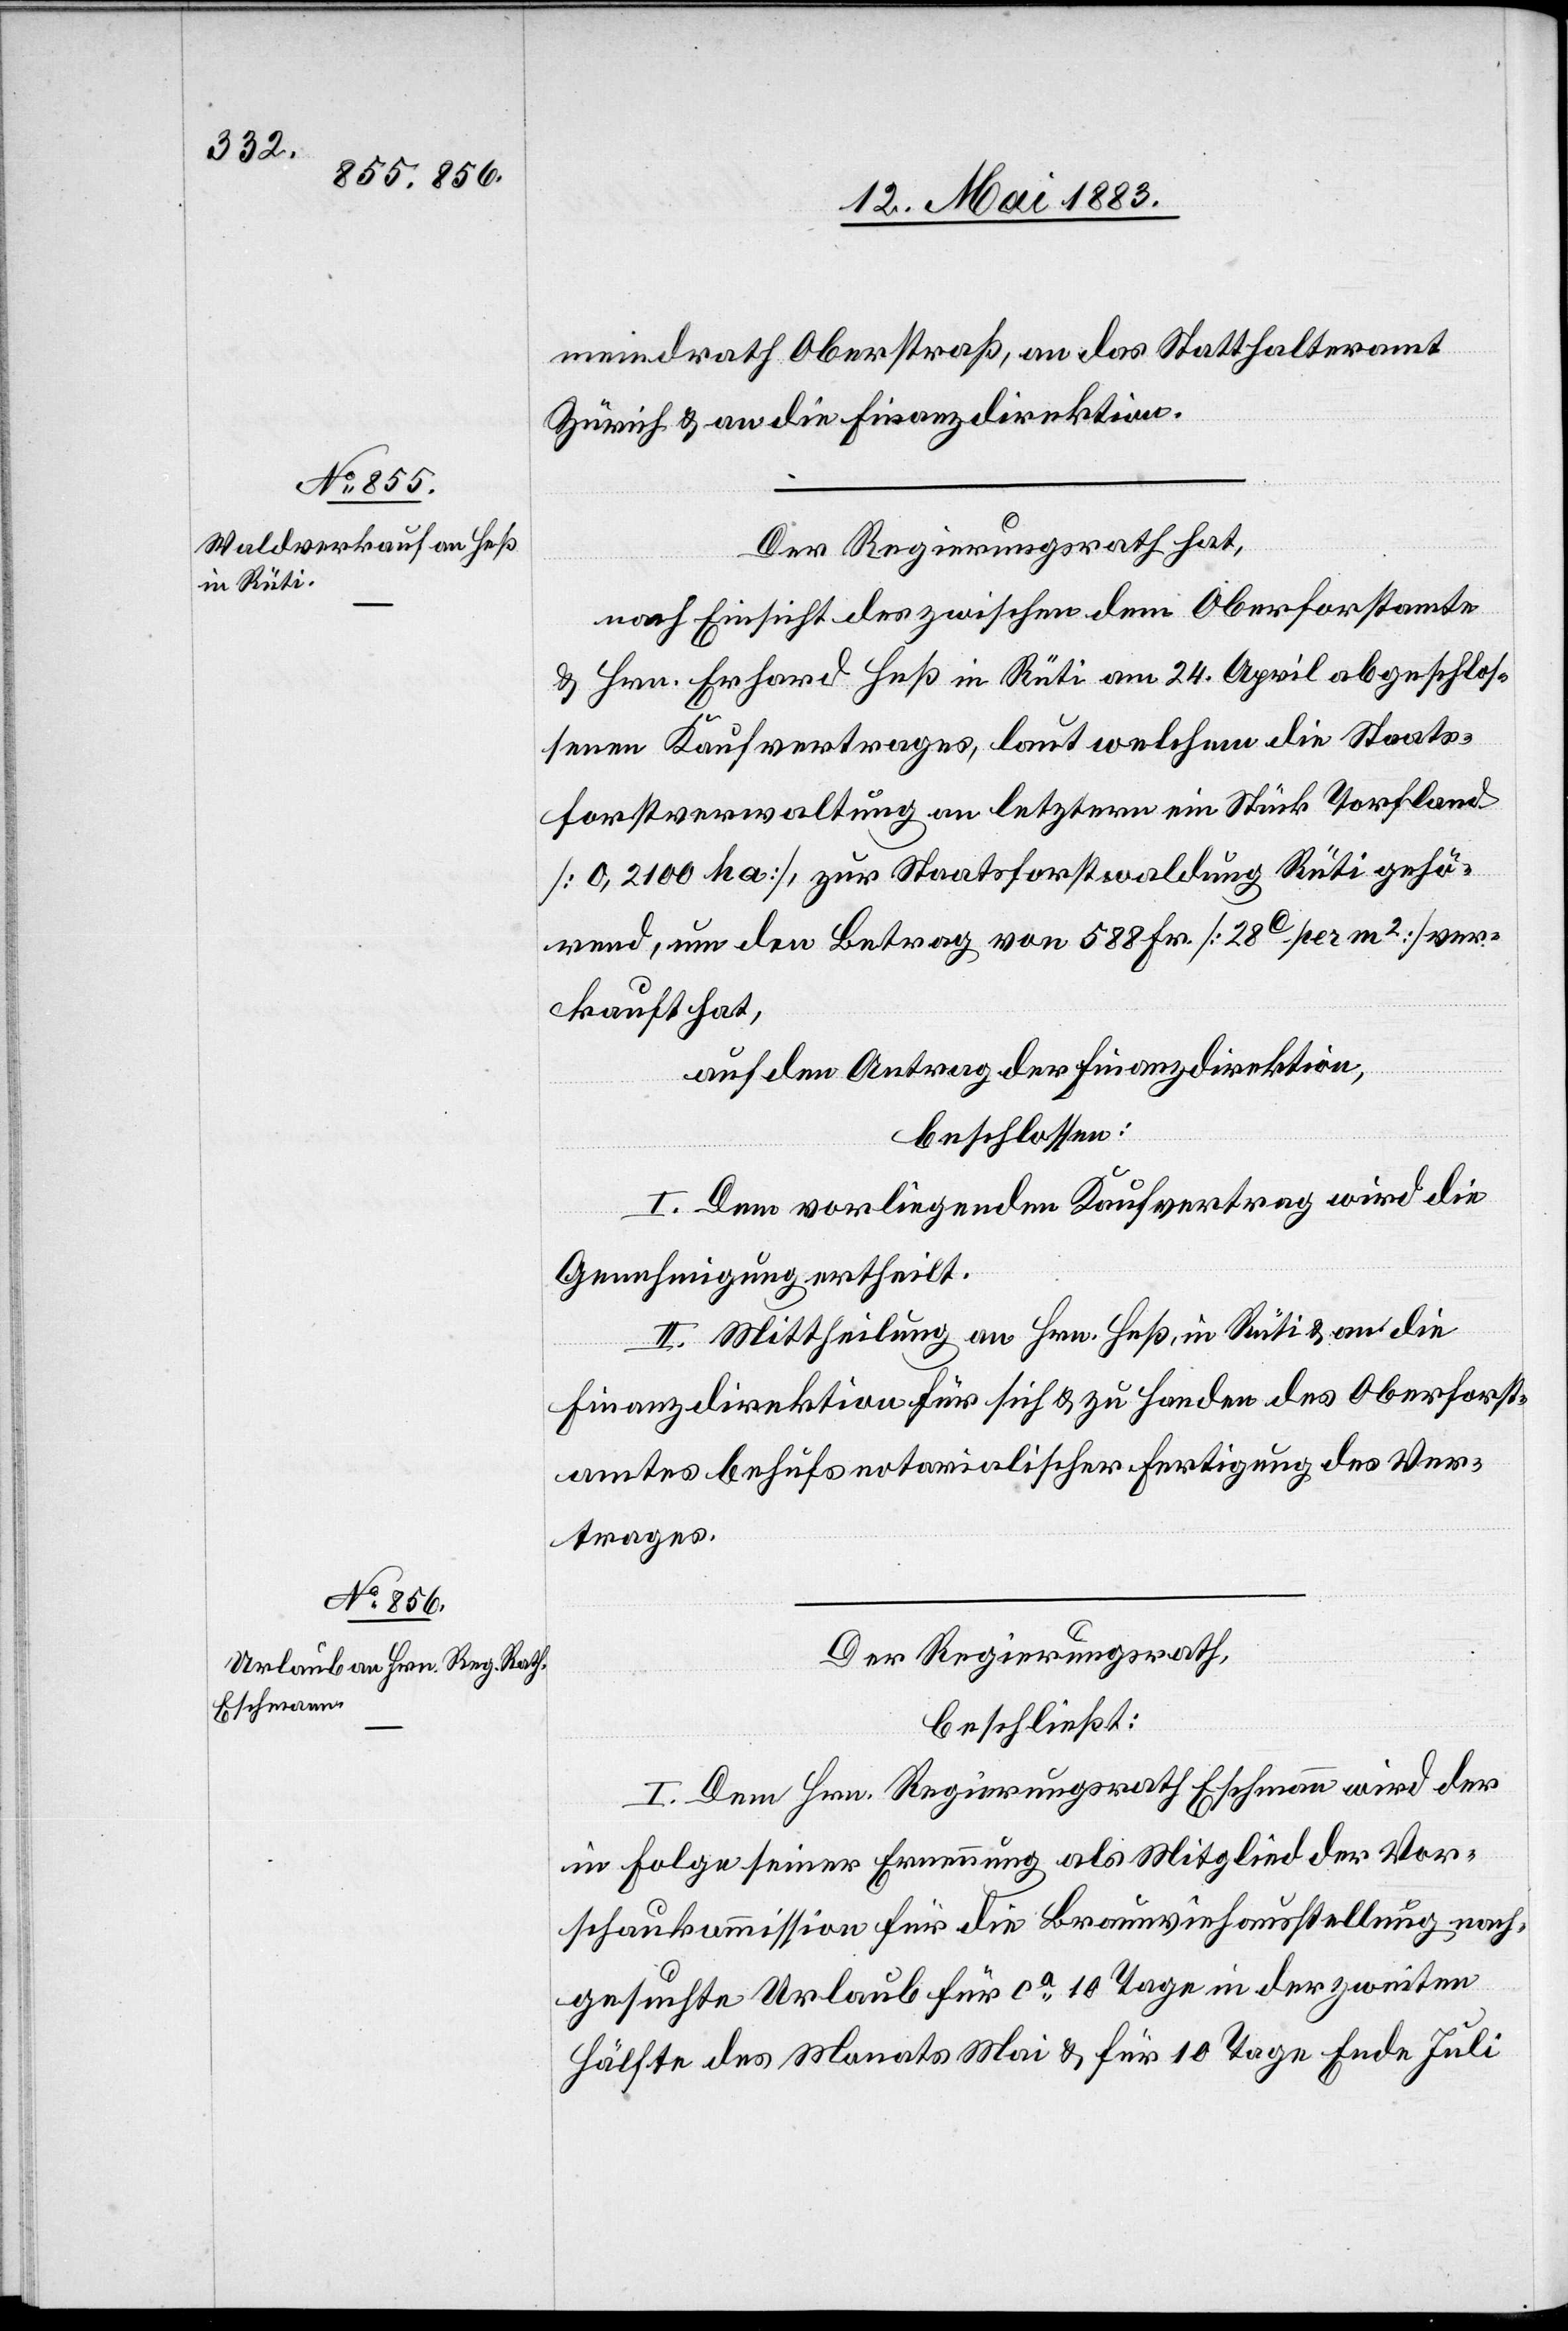
meinderath Oberstraß, an das Statthalteramt
Zürich & an die Finanzdirektion.
Der Regierungsrath hat,
nach Einsicht des zwischen dem Oberforstamte
& Hrn. Erhard Heß in Rüti am 24. April abgeschlos¬
senen Kaufvertrages, laut welchem die Staats¬
forstverwaltung an letztern ein Stück Torfland
[0,2100 ha], zur Staatsforstwaldung Rüti gehö¬
rend, um den Betrag von 588 Fr. [28C per m2] ver¬
kauft hat,
auf den Antrag der Finanzdirektion,
beschlossen:
I. Dem vorliegenden Kaufvertrag wird die
Genehmigung ertheilt.
II. Mittheilung an Hrn. Heß, in Rüti & an die
Finanzdirektion für sich & zu Handen des Oberforst¬
amtes behufs notarialischer Fertigung des Ver¬
trages.
Der Regierungsrath,
beschließt:
I. Dem Hrn. Regierungsrath Eschmann wird der
in Folge seiner Erneuerung als Mitglied der Vor¬
schaukommission für die Braunviehausstellung nach¬
gesuchte Urlaub für ca 10 Tage in der zweiten
Hälfte des Monats Mai & für 10 Tage Ende Juli